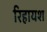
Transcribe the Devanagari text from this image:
रिहायश